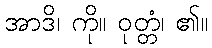
အာဒိ၊ ကို။ ဝုတ္တံ၊ ၏။